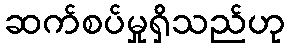
ဆက်စပ်မှုရှိသည်ဟု